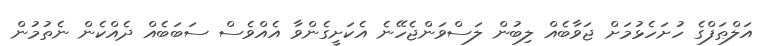
އަލްޠަފްގެ ހުށަހެޅުމަށް ޖަވާބެއް ލިބުން ލަސްވަންޖެހޭނެ އެކަށީގެންވާ އެއްވެސް ސަބަބެއް ދެއްކެން ނެތުމުން